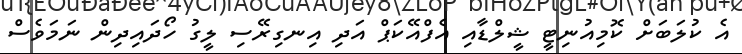
އެ ކުލަބަށް ކޮމިއުނިޓީ ޝީލްޑާއި އެފްއޭކަޕް އަދި އިނގިރޭސި ލީގު ހޯދައިދިން ނަމަވެސް